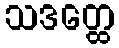
သဒတ္ထေ